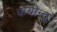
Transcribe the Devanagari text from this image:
कबीन्द्र